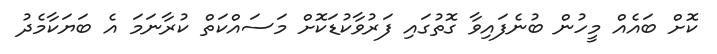
ކޮށް ބައެއް މީހުން ބުނެފައިވާ ގޮތުގައި ފަރުވާކުޑަކޮށް މަސައްކަތް ކުރާނަމަ އެ ބަޔަކާމެދު